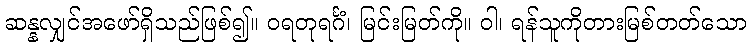
ဆန္နလျှင်အဖော်ရှိသည်ဖြစ်၍။ ဝရတုရင်္ဂံ၊ မြင်းမြတ်ကို။ ဝါ၊ ရန်သူကိုတားမြစ်တတ်သော